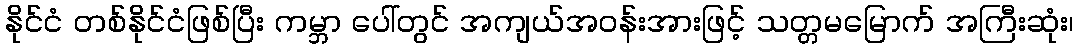
နိုင်ငံ တစ်နိုင်ငံဖြစ်ပြီး ကမ္ဘာ ပေါ်တွင် အကျယ်အဝန်းအားဖြင့် သတ္တမမြောက် အကြီးဆုံး၊